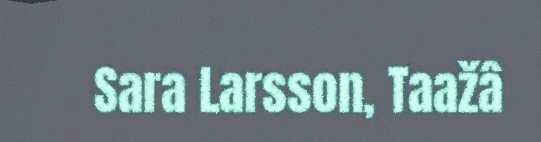
Sara Larsson, Taažâ